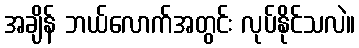
အချိန် ဘယ်လောက်အတွင်း လုပ်နိုင်သလဲ။